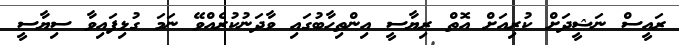
ރައީސް ނަޝީދަށް ކުރިއަށް އޮތް ރިޔާސީ އިންތިހާބުގައި ވާދަނުކުރެއްވޭ ނަމަ ގުޅިފައިވާ ސިޔާސީ